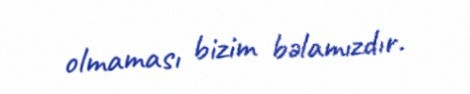
olmaması bizim bəlamızdır.